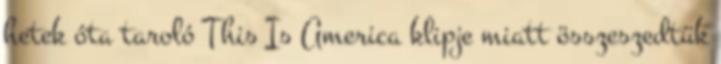
hetek óta taroló This Is America klipje miatt összeszedtük